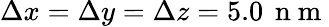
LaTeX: \Delta x=\Delta y=\Delta z=5.0\, \mathrm{~n~m~}